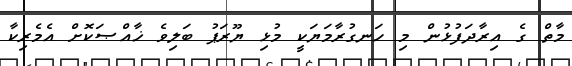
މާތް ގެ އިރާދަފުޅުން މި ހަނގުރާމަޔަކީ މުޅި ޔޫރަޕު ބަލިވެ ޚާއްޞަކޮށް އެމެރިކާ